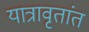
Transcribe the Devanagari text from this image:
यात्रावृतांत